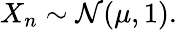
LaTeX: X_{n}\sim{\mathcal{N}}(\mu,1).